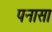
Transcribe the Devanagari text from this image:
पनासा